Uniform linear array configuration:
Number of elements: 48
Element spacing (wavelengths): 0.5
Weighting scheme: cosine
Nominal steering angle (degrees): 30
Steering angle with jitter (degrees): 29.576
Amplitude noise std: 0.05
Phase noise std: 0.05

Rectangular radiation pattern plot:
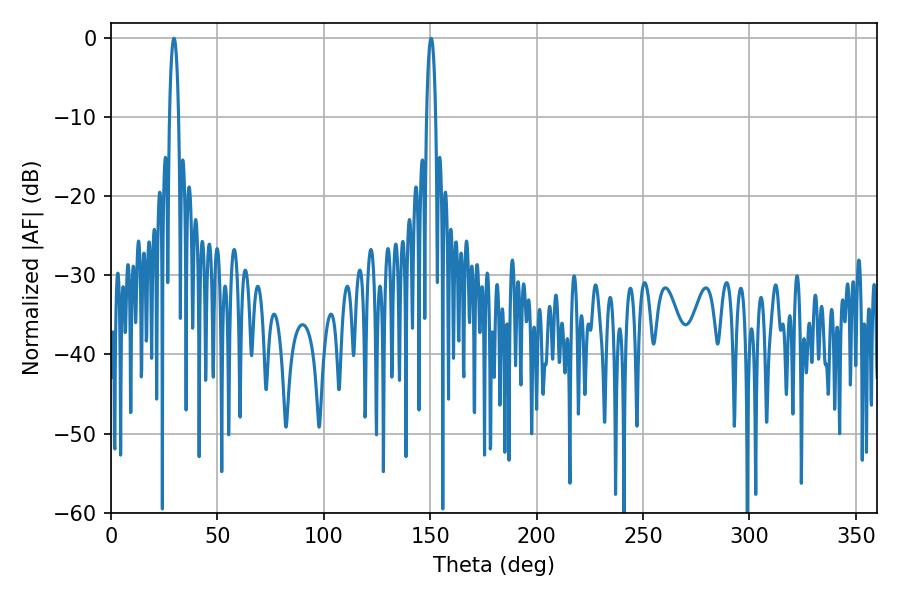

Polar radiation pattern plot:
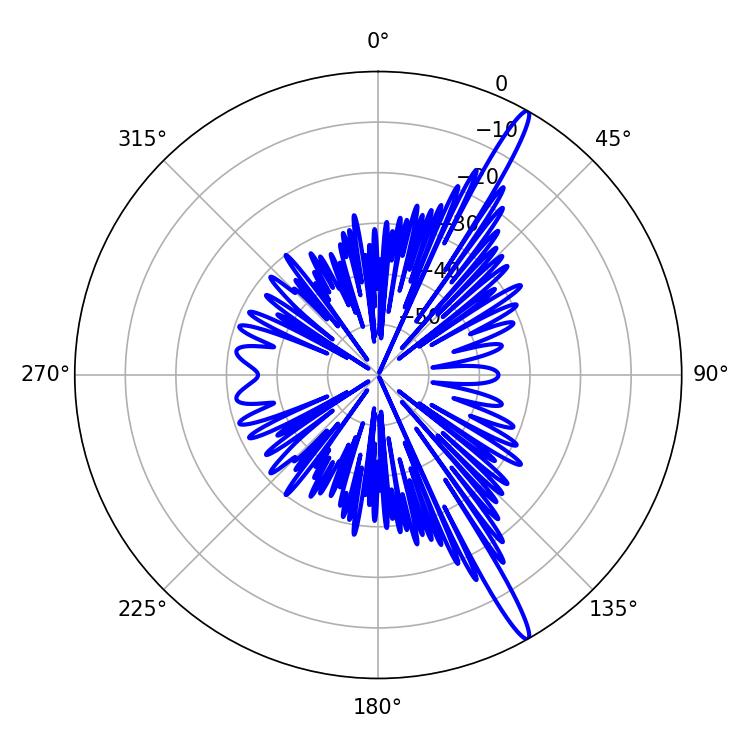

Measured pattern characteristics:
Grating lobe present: FALSE
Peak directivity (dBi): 16.25
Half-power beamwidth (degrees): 2.34
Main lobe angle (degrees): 29.52